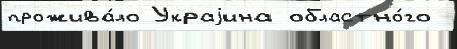
прожива́ло Украjина областно́го